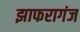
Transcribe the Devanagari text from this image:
झाफरागंज